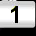
Digit: 1